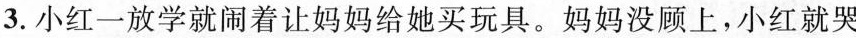
3. 小红一放学就闹着让妈妈给她买玩具。妈妈没顾上，小红就哭